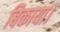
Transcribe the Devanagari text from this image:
बिकाया।